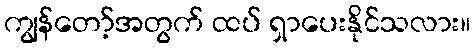
ကျွန်တော့်အတွက် ထပ် ရှာပေးနိုင်သလား။